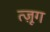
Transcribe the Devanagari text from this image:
त्ज़ूग